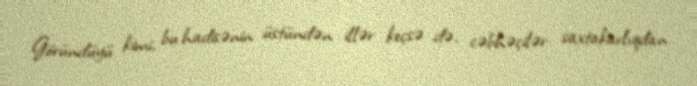
Göründüyü kimi, bu hadisənin üstündən illər keçsə də, cəbhəçilər saxtakarlıqdan